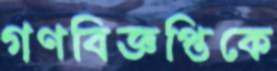
গণবিজ্ঞপ্তিকে